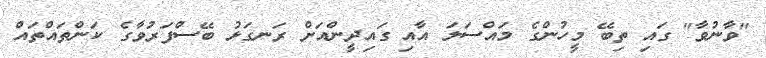
"ވާނުވާ" ގައި ތިބޭ މީހުންގެ މައްސަލަ އާއި ގައިދީންއަށް ރަނގަޅު ބޭސްފަރުވާގެ ކަންތައްތައް